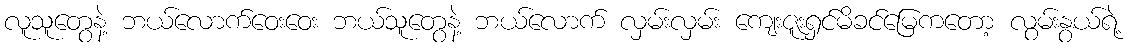
လူသူတွေနဲ့ ဘယ်လောက်ဝေးဝေး ဘယ်သူတွေနဲ့ ဘယ်လောက် လှမ်းလှမ်း ကျေးဇူးရှင်မိခင်မြေကတော့ လွမ်းနွယ်ရဲ့